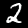
Label: 2